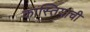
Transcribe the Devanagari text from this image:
कास्तियाची